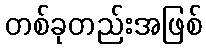
တစ်ခုတည်းအဖြစ်